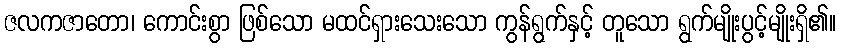
ဇလကဇာတော၊ ကောင်းစွာ ဖြစ်သော မထင်ရှားသေးသော ကွန်ရွက်နှင့် တူသော ရွက်မျိုးပွင့်မျိုးရှိ၏။